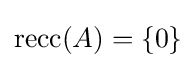
\operatorname {recc} (A)=\{0\}